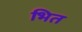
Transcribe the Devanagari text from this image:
भित